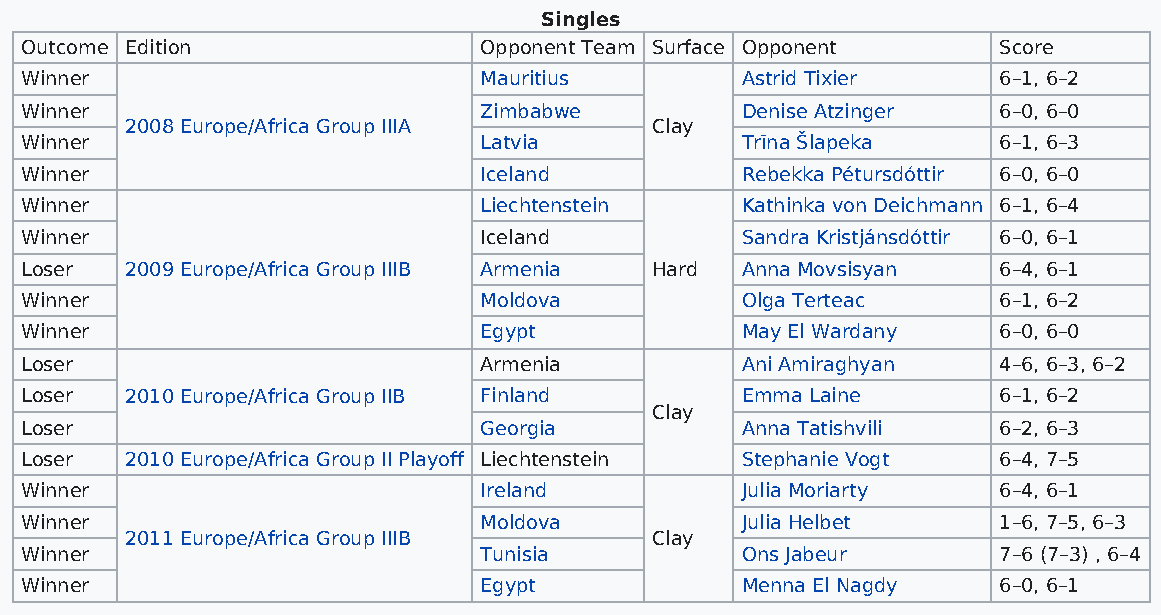
Singles
 Outcome Edition                Opponent Team Surface Opponent    Score
 Winner                         Mauritius        Astrid Tixier    6–1, 6–2
 Winner                         Zimbabwe         Denise Atzinger  6–0, 6–0
 2008 Europe/Africa Group IIIA      Clay
 Winner                         Latvia           Trīna Šlapeka    6–1, 6–3
 Winner                         Iceland          Rebekka Pétursdóttir 6–0, 6–0
 Winner                         Liechtenstein    Kathinka von Deichmann 6–1, 6–4
 Winner                         Iceland          Sandra Kristjánsdóttir 6–0, 6–1
 Loser  2009 Europe/Africa Group IIIB Armenia Hard Anna Movsisyan 6–4, 6–1
 Winner                         Moldova          Olga Terteac     6–1, 6–2
 Winner                         Egypt            May El Wardany   6–0, 6–0
 Loser                          Armenia          Ani Amiraghyan   4–6, 6–3, 6–2
 Loser  2010 Europe/Africa Group IIB Finland     Emma Laine       6–1, 6–2
 Clay
 Loser                          Georgia          Anna Tatishvili  6–2, 6–3
 Loser  2010 Europe/Africa Group II Playoff Liechtenstein Stephanie Vogt 6–4, 7–5
 Winner                         Ireland          Julia Moriarty   6–4, 6–1
 Winner                         Moldova          Julia Helbet     1–6, 7–5, 6–3
 2011 Europe/Africa Group IIIB      Clay
 Winner                         Tunisia          Ons Jabeur       7–6 (7–3) , 6–4
 Winner                         Egypt            Menna El Nagdy   6–0, 6–1